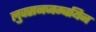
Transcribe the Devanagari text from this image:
लुवसनजम्बयिन